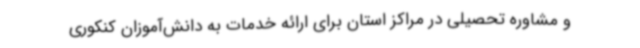
و مشاوره تحصیلی در مراکز استان برای ارائه خدمات به دانش‌آموزان کنکوری